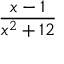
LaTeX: \frac { x - 1 } { { { x } ^ { 2 } } + 1 2 }